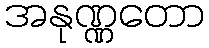
အနုဏ္ဏတော